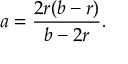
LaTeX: \displaystyle a = { \frac { 2 r ( b - r ) } { b - 2 r } } .